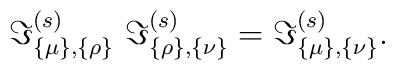
\Im _{\{\mu \},\{\rho \}}^{(s)}~\Im _{\{\rho \},\{\nu \}}^{(s)}=\Im _{\{\mu\},\{\nu \}}^{(s)}.